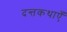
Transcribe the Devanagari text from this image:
दन्तकथाएँ